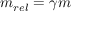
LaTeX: m _ { r e l } = \gamma m